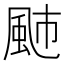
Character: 𩖭